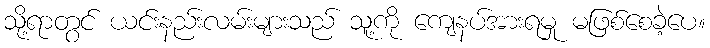
သို့ရာတွင် ယင်းနည်းလမ်းများသည် သူ့ကို ကျေနပ်အားရမှု မဖြစ်စေခဲ့ပေ။